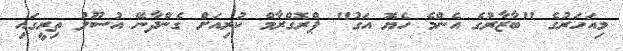
މިއަހަރުގެ "ބާޒާރުގެ އެންމެ ހެޔޮ އަގު" ޕްރޮގްރާމް ކުރިއަށް ގެންދާނޭ އުސޫލު ތިރީގައި